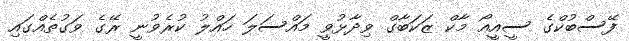
ފޭސްބުކްގެ ސީއީއޯ މާކް ޒަކަބާގް ވިދާޅުވީ މައްސަލަ ހައްލު ކުރެވުނީ ރޭގެ ވަގުތެއްގައި